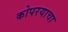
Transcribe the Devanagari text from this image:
कोपरयाचा